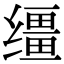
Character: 缰